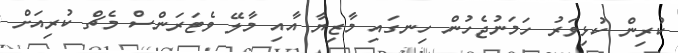
ކުރިން ކުޅިވަރު ހަމަނުޖެހުން ހިނގައި މާޒިޔާ އާއި މާލޭ ވެޓަރަންސް މެޗް ކުރިއަށް